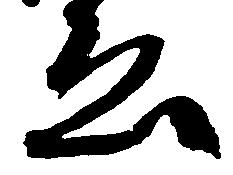
ゑ